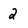
Character: 2